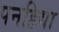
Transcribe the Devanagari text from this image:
पनहिया